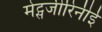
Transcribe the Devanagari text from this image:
मेट्सजीरिनीई